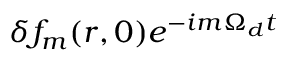
\delta f _ { m } ( r , 0 ) e ^ { - i m \Omega _ { d } t }